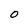
Character: O